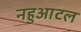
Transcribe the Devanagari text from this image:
नहुआटल